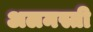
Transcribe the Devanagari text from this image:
अलमस्ती